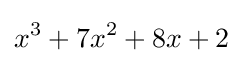
x^{3}+7x^{2}+8x+2